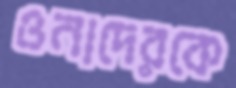
ওনাদেরকে